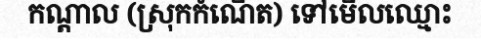
កណ្តាល (ស្រុកកំណើត) ទៅមើលឈ្មោះ